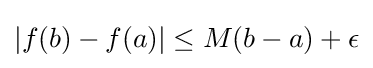
|f(b)-f(a)|\leq M(b-a)+\epsilon